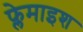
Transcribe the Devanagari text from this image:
फ्लेमाइश